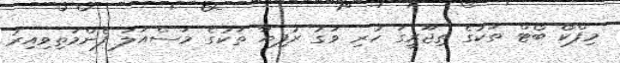
މިފްކޯ ބޯޓް ތަކުގެ ތިޖޫރީގަ ހުރި ވަގު ރުފިޔާ ތަކުގެ މަސްއަލަ ފެންމަތިވިއިރު